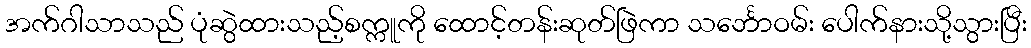
အက်ဂါသာသည် ပုံဆွဲထားသည့်စက္ကူကို ထောင့်တန်းဆုတ်ဖြဲကာ သင်္ဘောဝမ်း ပေါက်နားသို့သွားပြီး